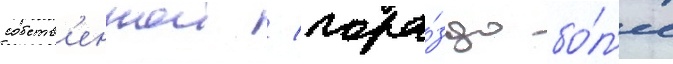
собств'еннои / гора́здо бо́л'ее